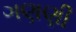
ગણણી